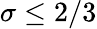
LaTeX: \sigma\leq 2/3